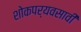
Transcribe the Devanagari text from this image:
शोकपर्यवसावी